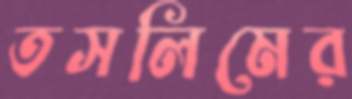
তসলিমের